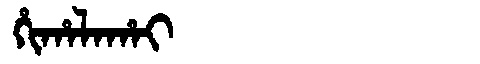
Manchu: ᡥᡳᡥᠠᠯᠠᡥᠠᡳ
Romanization: HIHALAHAI